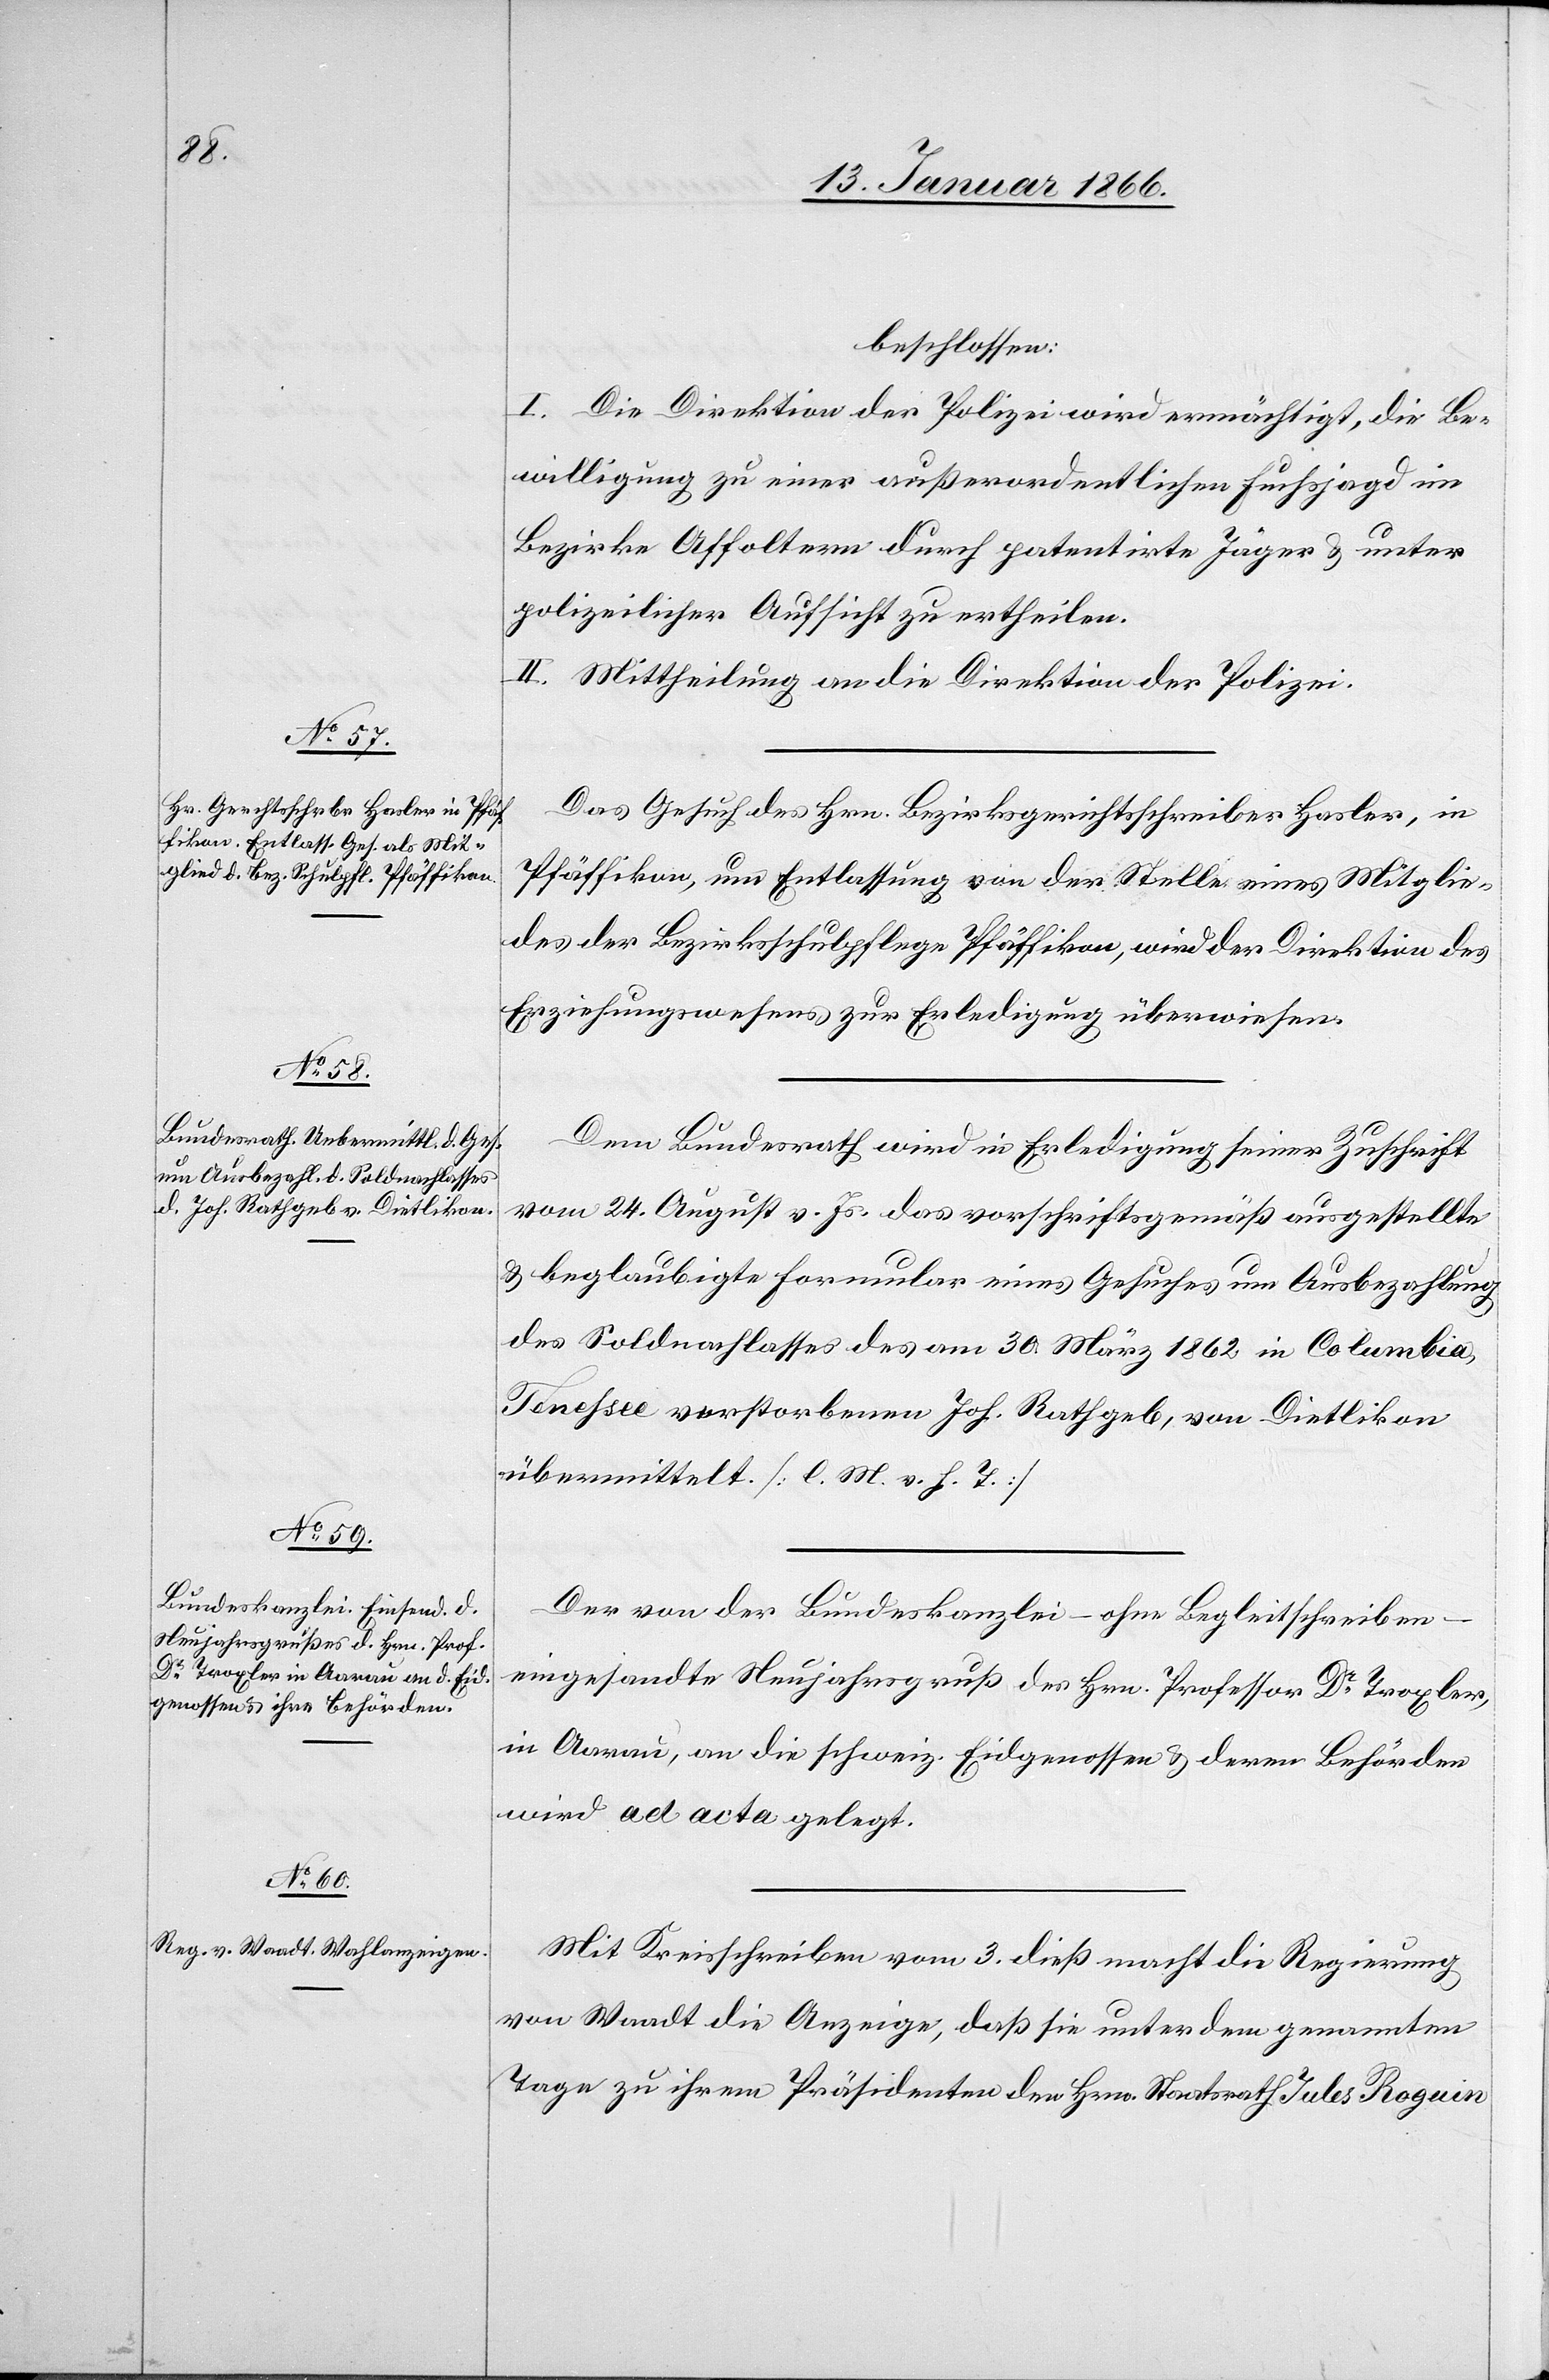
beschlossen:
I. Die Direktion der Polizei wird ermächtigt, die Be¬
willigung zu einer außerordentlichen Fuchsjagd im
Bezirke Affoltern durch patentirte Jäger u. unter
polizeilicher Aufsicht zu ertheilen.
II. Mittheilung an die Direktion der Polizei.
Das Gesuch des Hrn. Bezirksgerichtsschreibers Hasler, in
Pfäffikon, um Entlassung von der Stelle eines Mitglie¬
des der Bezirksschulpflege Pfäffikon, wird der Direktion des
Erziehungswesens zur Erledigung überwiesen.
Dem Bundesrath wird in Erledigung seiner Zuschrift
vom 24. August v. Js. das vorschriftsgemäß ausgestellte
u. beglaubigte Formular eines Gesuches um Ausbezahlung
des Soldnachlasses des am 30. März 1862 in Columbia,
Tenessee verstorbenen Joh. Rathgeb, von Dietlikon
übermittelt. [l. M. v. h. T.]
Der von der Bundeskanzlei – ohne Begleitschreiben –
eingesandte Neujahrsgruß des Hrn. Professor Dr. Troxler,
in Aarau, an die schweiz. Eidgenossen u. deren Behörden
wird ad acta gelegt.
Mit Kreisschreiben vom 3. dieß macht die Regierung
von Waadt die Anzeige, daß sie unter dem genannten
Tage zu ihrem Präsidenten den Hrn. Staatsrath Jules Roguin